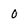
Character: 0